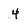
Character: 4